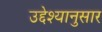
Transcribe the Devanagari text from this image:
उद्देश्यानुसार